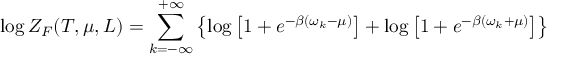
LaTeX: \log Z _ { F } ( T , \mu , L ) = \sum _ { k = - \infty } ^ { + \infty } \left\{ \log \left[ 1 + e ^ { - \beta ( \omega _ { k } - \mu ) } \right] + \log \left[ 1 + e ^ { - \beta ( \omega _ { k } + \mu ) } \right] \right\}